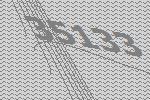
35133